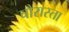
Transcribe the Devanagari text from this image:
चौरास्ता